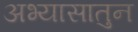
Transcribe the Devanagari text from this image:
अभ्यासातुन